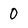
Character: 0